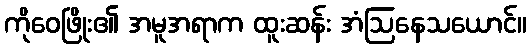
ကိုဝေဖြိုး၏ အမူအရာက ထူးဆန်း အံဩနေသယောင်။